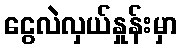
ငွေလဲလှယ်နှုန်းမှာ